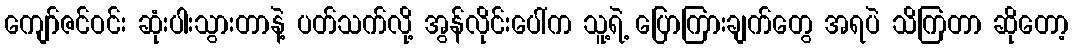
ကျော်ဇင်ဝင်း ဆုံးပါးသွားတာနဲ့ ပတ်သက်လို့ အွန်လိုင်းပေါ်က သူ့ရဲ့ ပြောကြားချက်တွေ အရပဲ သိကြတာ ဆိုတော့